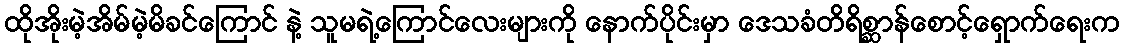
ထိုအိုးမဲ့အိမ်မဲ့မိခင်ကြောင် နဲ့ သူမရဲ့ကြောင်လေးများကို နောက်ပိုင်းမှာ ဒေသခံတိရိစ္ဆာန်စောင့်ရှောက်ရေးက